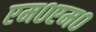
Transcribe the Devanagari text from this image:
एम०एम०